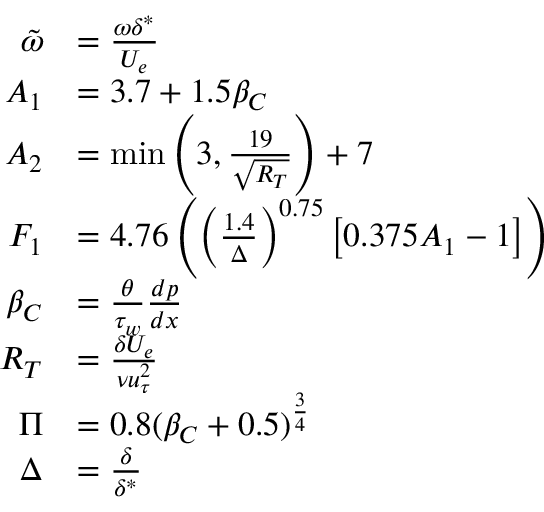
\begin{array} { r l } { \tilde { \omega } } & { = \frac { \omega \delta ^ { * } } { U _ { e } } } \\ { A _ { 1 } } & { = 3 . 7 + 1 . 5 \beta _ { C } } \\ { A _ { 2 } } & { = \operatorname* { m i n } \left( 3 , \frac { 1 9 } { \sqrt { R _ { T } } } \right) + 7 } \\ { F _ { 1 } } & { = 4 . 7 6 \left( \left( \frac { 1 . 4 } { \Delta } \right) ^ { 0 . 7 5 } \left[ 0 . 3 7 5 A _ { 1 } - 1 \right] \right) } \\ { \beta _ { C } } & { = \frac { \theta } { \tau _ { w } } \frac { d p } { d x } } \\ { R _ { T } } & { = \frac { \delta U _ { e } } { \nu u _ { \tau } ^ { 2 } } } \\ { \Pi } & { = 0 . 8 ( \beta _ { C } + 0 . 5 ) ^ { \frac { 3 } { 4 } } } \\ { \Delta } & { = \frac { \delta } { \delta ^ { * } } } \end{array}